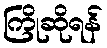
ကြိုဆိုရန်